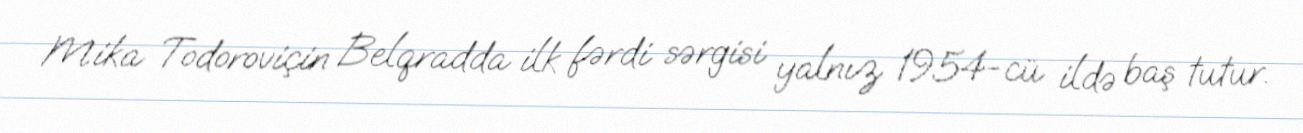
Mika Todoroviçin Belqradda ilk fərdi sərgisi yalnız 1954-cü ildə baş tutur.